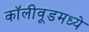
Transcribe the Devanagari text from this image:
कॉलीवूडमध्ये